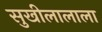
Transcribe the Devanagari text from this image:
सुखीलालाला